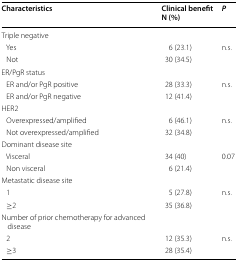
<table><thead><tr><td><b>Characteristics</b></td><td><b>Clinical benefitN (%)</b></td><td><b><i>P</i></b></td></tr></thead><tbody><tr><td>Triple negative</td><td></td><td></td></tr><tr><td> Yes</td><td>6 (23.1)</td><td>n.s.</td></tr><tr><td> Not</td><td>30 (34.5)</td><td></td></tr><tr><td>ER/PgR status</td><td></td><td></td></tr><tr><td> ER and/or PgR positive</td><td>28 (33.3)</td><td>n.s.</td></tr><tr><td> ER and/or PgR negative</td><td>12 (41.4)</td><td></td></tr><tr><td>HER2</td><td></td><td></td></tr><tr><td> Overexpressed/amplified</td><td>6 (46.1)</td><td>n.s.</td></tr><tr><td> Not overexpressed/amplified</td><td>32 (34.8)</td><td></td></tr><tr><td>Dominant disease site</td><td></td><td></td></tr><tr><td> Visceral</td><td>34 (40)</td><td>0.07</td></tr><tr><td> Non visceral</td><td>6 (21.4)</td><td></td></tr><tr><td>Metastatic disease site</td><td></td><td></td></tr><tr><td> 1</td><td>5 (27.8)</td><td>n.s.</td></tr><tr><td> ≥2</td><td>35 (36.8)</td><td></td></tr><tr><td>Number of prior chemotherapy for advanced disease</td><td></td><td></td></tr><tr><td> 2</td><td>12 (35.3)</td><td>n.s.</td></tr><tr><td> ≥3</td><td>28 (35.4)</td><td></td></tr></tbody></table>